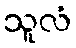
သူလံ